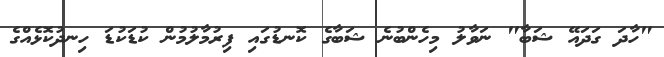
"ހާދަ ގަދައޭ ޝަބާ" ނަވާލު މިހެންބުނެ ޝަބާގެ ކޮނޑުގައި ފިރުމާލުމުން ކުޑަކުޑަ ހިނދުކޮޅެއްގެ